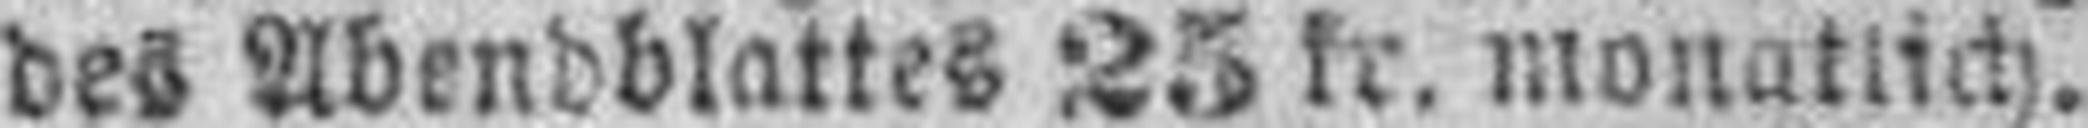
des Abendblattes 25 kr. monatlich.